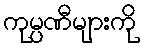
ကုမ္ပဏီများကို